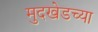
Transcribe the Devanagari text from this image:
मुदखेडच्या